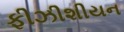
ફીઝીશીયન